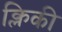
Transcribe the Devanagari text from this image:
क्लिकी